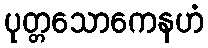
ပုတ္တသောကေနဟံ